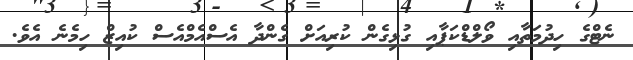
ނެޓްގެ ހިދުމަތާއި ވޯލްޑްކަޕާއި ގުޅިގެން ކުރިއަށް ގެންދާ އެސްއެމްއެސް ކުއިޒް ހިމެނެ އެވެ.